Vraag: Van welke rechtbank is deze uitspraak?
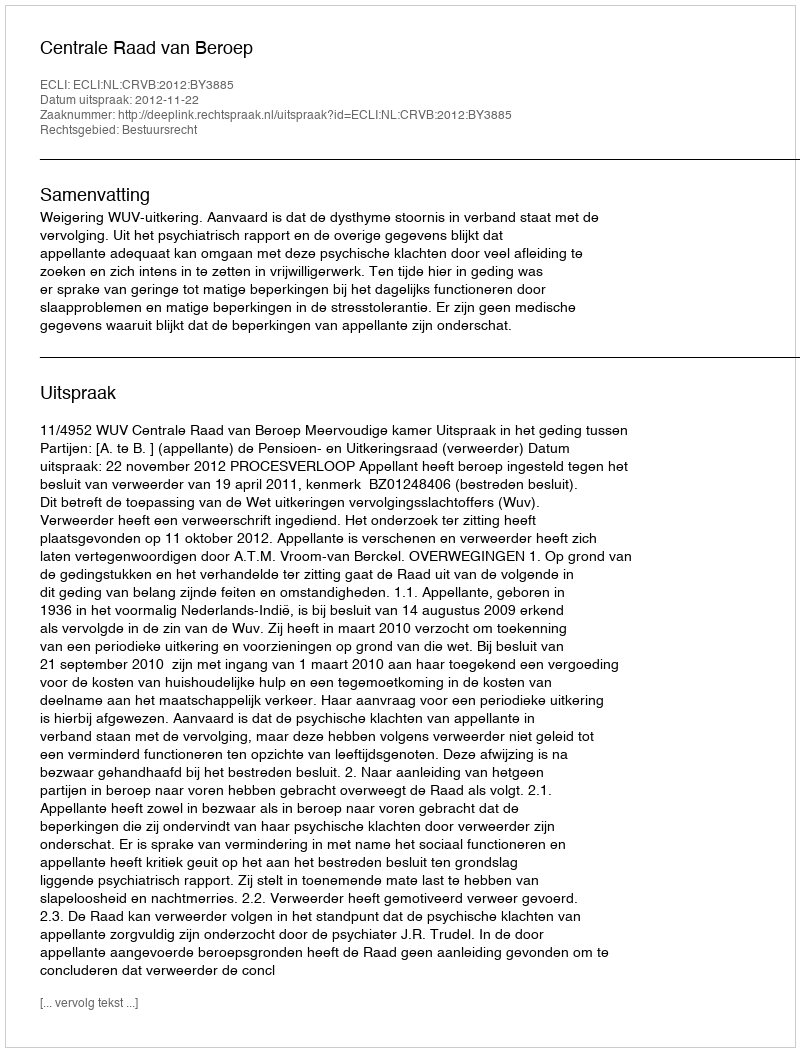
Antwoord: Centrale Raad van Beroep